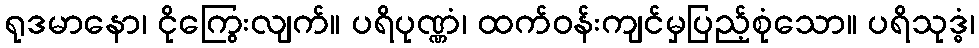
ရုဒမာနော၊ ငိုကြွေးလျက်။ ပရိပုဏ္ဏံ၊ ထက်ဝန်းကျင်မှပြည့်စုံသော။ ပရိသုဒ္ဓံ၊